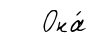
Она́